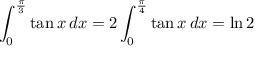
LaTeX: \int _ { 0 } ^ { \frac { \pi } { 3 } } \tan x \, d x = 2 \int _ { 0 } ^ { \frac { \pi } { 4 } } \tan x \, d x = \ln 2